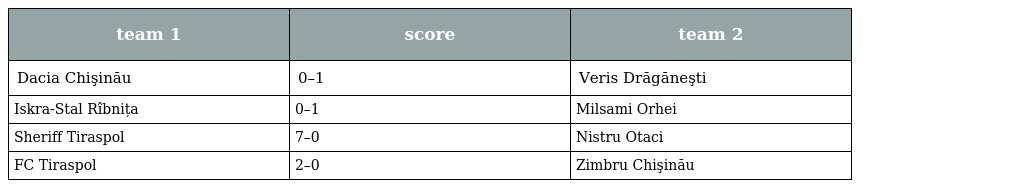
| team 1 | score | team 2 |
 | --- | --- | --- |
 | Dacia Chişinău | 0–1 | Veris Drăgăneşti |
 | Iskra-Stal Rîbnița | 0–1 | Milsami Orhei |
 | Sheriff Tiraspol | 7–0 | Nistru Otaci |
 | FC Tiraspol | 2–0 | Zimbru Chişinău |